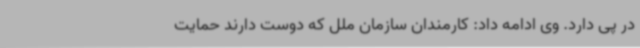
در پی دارد. وی ادامه داد: کارمندان سازمان ملل که دوست دارند حمایت